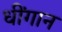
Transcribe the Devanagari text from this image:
धींगान